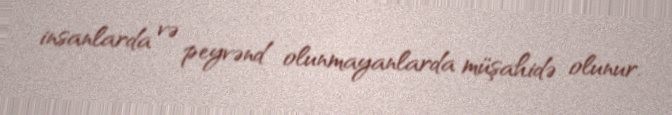
insanlarda və peyvənd olunmayanlarda müşahidə olunur.